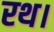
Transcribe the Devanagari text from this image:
रथ।